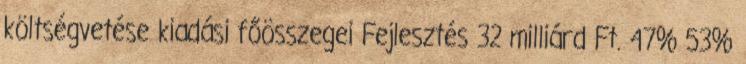
költségvetése kiadási főösszegei Fejlesztés 32 milliárd Ft. 47% 53%